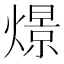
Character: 燝